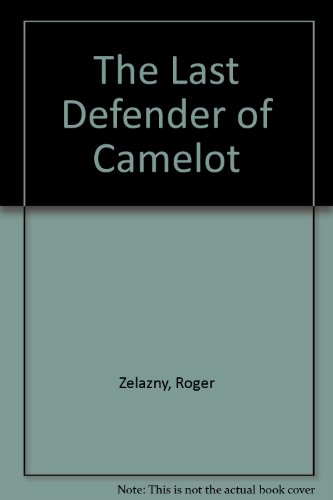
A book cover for The Last Defender of Camelot; Roger Zelazny; Science Fiction & Fantasy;